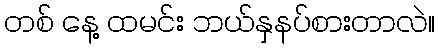
တစ် နေ့ ထမင်း ဘယ်နှနပ်စားတာလဲ။